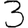
Digit: 3